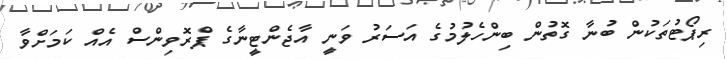
ރިޕޯޓުތަކުން ބުނާ ގޮތުން ބިންހެލުމުގެ އަސަރު ވަނީ އާޖެންޓީނާގެ ޕްރޮވިންސް އެއް ކަމަށްވާ